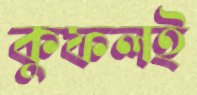
কুফলই